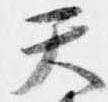
天